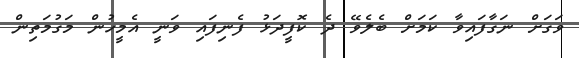
ވަގަށް ނަގާފައިވާ ކަމަށް ބެލެވޭ ދެ ކޮފީދަޅު ފެނިފައި ވަނީ އެމީހުން މަގުމަތިން